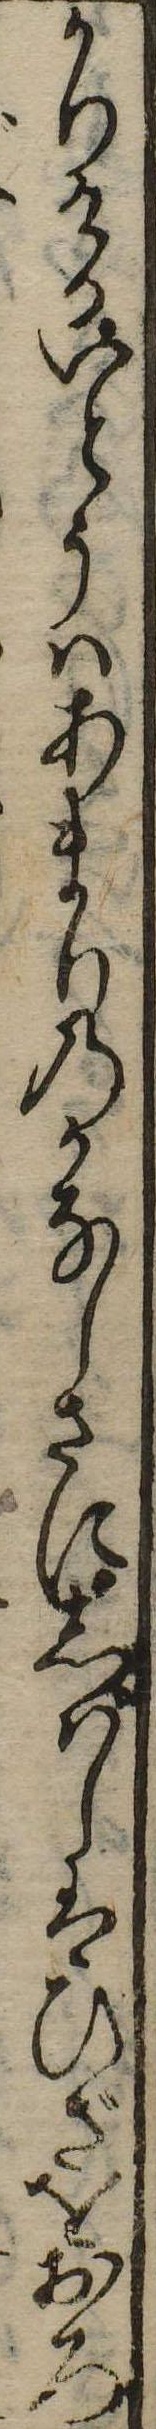
かりけるいとうはあまりのかなしさにしばしはひざをおろ